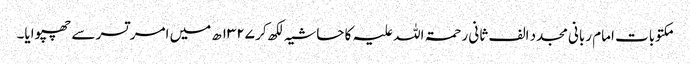
مکتوبات امام ربانی مجدد الف ثانی رحمۃ اللہ علیہ کا حاشیہ لکھ کر ۱۳۲۷ھ میں امر تسر سے چھپوایا۔